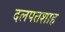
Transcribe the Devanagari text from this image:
दलपतशाह